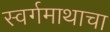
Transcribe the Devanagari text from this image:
स्वर्गमाथाचा